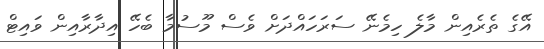
އޭގެ ތެރެއިން މާލެ ހިމެނޭ ސަރަހައްދަށް ވެސް މޫސުމާ ބެހޭ އިދާރާއިން ވައިޓް